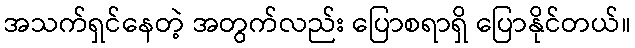
အသက်ရှင်နေတဲ့ အတွက်လည်း ပြောစရာရှိ ပြောနိုင်တယ်။